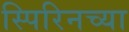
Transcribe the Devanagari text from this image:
स्पिरिनच्या